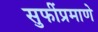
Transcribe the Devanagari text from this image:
सुफींप्रमाणे